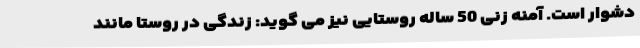
دشوار است. آمنه زنی 50 ساله روستایی نیز می گوید: زندگی در روستا مانند